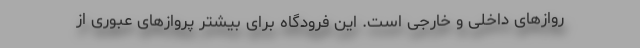
روازهای داخلی و خارجی است. این فرودگاه برای بیشتر پروازهای عبوری از